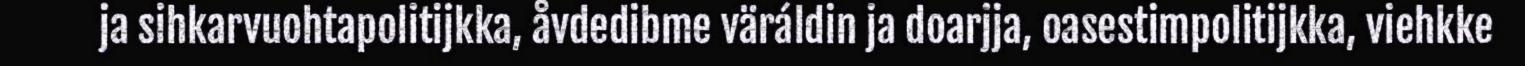
ja sihkarvuohtapolitijkka, åvdedibme väráldin ja doarjja, oasestimpolitijkka, viehkke